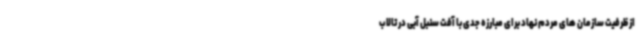
از ظرفیت سازمان های مردم نهاد برای مبارزه جدی با آفت سنبل آبی در تالاب